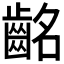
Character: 𪗸